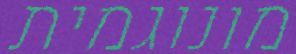
מונוגמית